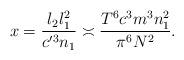
LaTeX: \begin{align*}x = \frac{l_2 l_1^2}{c'^3 n_1} \asymp \frac{T^6 c^3 m^3 n_1^2}{ \pi^6 N^2}. \end{align*}